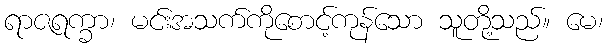
ရာဇရက္ခာ၊ မင်းအသက်ကိုစောင့်ကုန်သော သူတို့သည်။ မေ၊